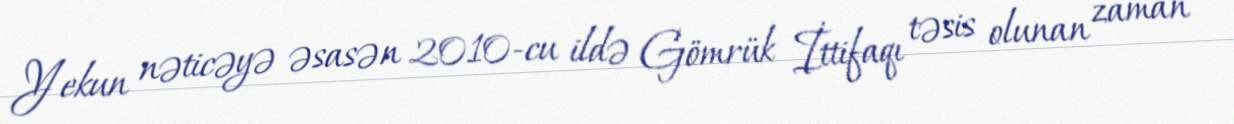
Yekun nəticəyə əsasən 2010-cu ildə Gömrük İttifaqı təsis olunan zaman